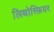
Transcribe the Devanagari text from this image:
लिथोस्फ़ियर